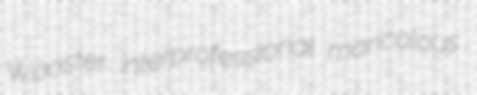
Wooster interprofessional maricolous